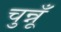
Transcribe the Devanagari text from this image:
चुन्नूँ